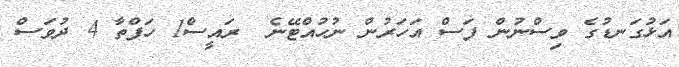
އަޅުގަނޑުގެ ވިސްނުން ފަސް އަހަރުން ނުހުއްޓޭނެ  ރައީސް1 ހަފްތާ 4 ދުވަސް